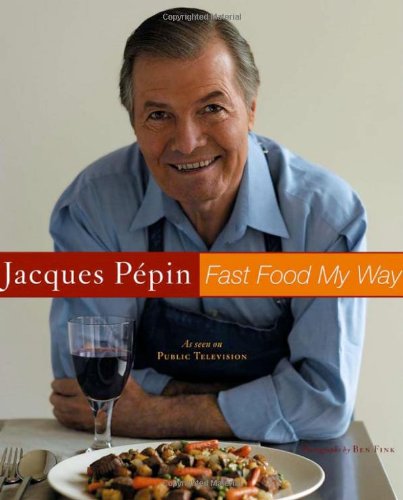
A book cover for Fast Food My Way; Jacques PÃ©pin; Cookbooks, Food & Wine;